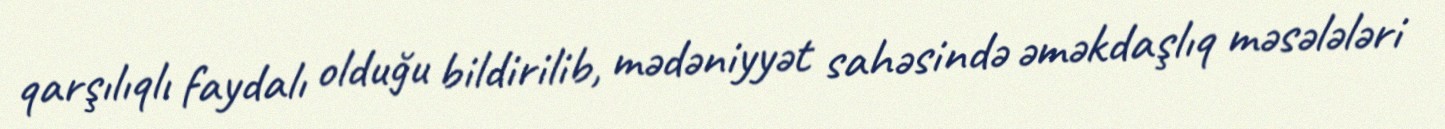
qarşılıqlı faydalı olduğu bildirilib, mədəniyyət sahəsində əməkdaşlıq məsələləri